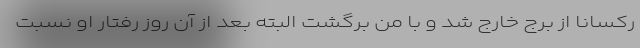
رکسانا از برج خارج شد و با من برگشت البته بعد از آن روز رفتار او نسبت